Indian journal of veterinary science and animal husbandry - Volumes 15-17, 1948-1951
Year: 1948
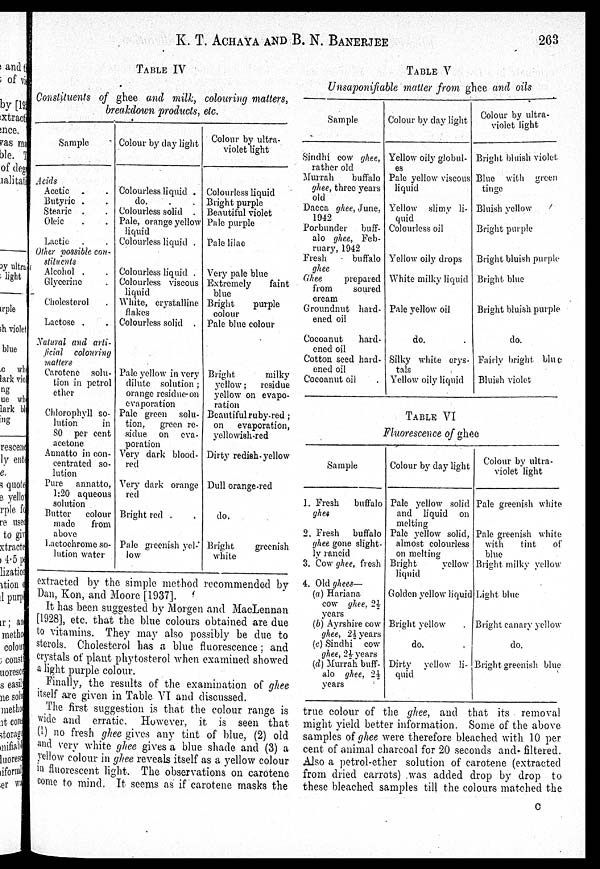
K. T. ACHAYA AND B. N. BANERJEE 263
TABLE IV
Constituents of ghee and milk, colouring matters,
breakdown products, etc.
Sample
Acids
Acetic . .
Butyric . .
Stearic . .
Oleic . .
Lactic . .
Other possible con-
stituents
Alcohol . .
Glycerine .
Cholesterol .
Lactose . .
Natural and arti-
ficial colouring
matters
Carotene solu-
tion in petrol
ether
Chlorophyll so-
lution
in
SO per cent
acetone
Annatto in con-
centrated so-
lution
Pure annatto,
1:20 aqueous
solution .
Butter colour
made
from
above
Lactochrome so-
lution water
Colour by day light
Colourless liquid .
do. . .
Colourless solid .
Pale, orange yellow
liquid
Colourless liquid .
Colourless liquid .
Colourless viscous
liquid
White, crystalline
flakes
Colourless solid .
Pale yellow in very
dilute solution;
orange residue-on
evaporation
Pale green solu-
tion, green re-
sidue on eva-
poration
Very dark blood-
red
Very dark orange
red
Bright red . .
Pale greenish yel-
low
Colour by ultra-
violet light
Colourless liquid
Bright purple
Beautiful violet
Pale purple
Pale lilac
Very pale blue
Extremely
faint
blue
Bright
purple
colour
Pale blue colour
Bright
milky
yellow ; residue
yellow on evapo-
ration
Beautiful ruby-red
on evaporation
yellowish-red
Dirty redish-yellow
Dull orange-red
do.
Bright
greenish
white
extracted by the simple method recommended by
Dan, Kon, and Moore [1937].
It has been suggested by Morgen and MacLennan
[1928], etc. that the blue colours obtained are due
to vitamins. They may also possibly be due to
sterols. Cholesterol has a blue fluorescence; and
crystals of plant phytosterol when examined showed
a light purple colour.
Finally, the results of the examination of ghee
itself are given in Table VI and discussed.
The first suggestion is that the colour range is
wide and erratic. However, it is seen that
(1) no fresh ghee gives any tint of blue, (2) old
and very white ghee gives a blue shade and (3) a
yellow colour in ghee reveals itself as a yellow colour
in fluorescent light. The observations on carotene
come to mind. It seems as if carotene masks the
true colour of the ghee, and that its removal
might yield better information. Some of the above
samples of ghee were therefore bleached with 10 per
cent of animal charcoal for 20 seconds and filtered.
Also a petrol-ether solution of carotene (extracted
from dried carrots) was added drop by drop to
these bleached samples till the colours matched the
C
TABLE V
Unsaponifiable matter from ghee and oils
Sample
Sindhi cow ghee,
rather old
Murrah
buffalo
ghee, three years
old
Dacca ghee, June,
1942
Porbunder buff-
alo ghee, Feb-
ruary, 1942
Fresh
buffalo
ghee
Ghee
prepared
from
soured
cream
Groundnut hard-
ened oil
Cocoanut
hard-
ened oil
Cotton seed hard-
ened oil
Cocoanut oil
Colour by day light
Yellow oily globul-
es
Pale yellow viscous
liquid
Yellow slimy li-
quid
Colourless oil
Yellow oily drops
White milky liquid
Pale yellow oil
do. .
Silky white crys-
tals
Yellow oily liquid
Colour by ultra-
violet light
Bright bluish violet
Blue with green
tinge
Bluish yellow
Bright purple
Bright bluish purple
Bright blue
Bright bluish purple
do.
Fairly bright blue
Bluish violet
TABLE VI
Fluorescence of ghee
Sample
1. Fresh
buffalo
ghee
2. Fresh buffalo
ghee gone slight-
ly rancid
3. Cow ghee, fresh
4. Old ghees—
(a) Hariana
cow ghee, 2½
years
(b) Ayrshire cow
ghee, 2½ years
(c) Sindhi cow
ghee, 2½ years
(d) Murrah buff-
alo ghee, 2½
years
Colour by day light
Pale yellow solid
and liquid on
melting
Pale yellow solid,
almost colourless
on melting
Bright
yellow
liquid
Golden yellow liquid
Bright yellow .
do. .
Dirty yellow li-
quid
Colour by ultra-
violet light
Pale greenish white
Pale greenish white
with
tint
of
blue
Bright milky yellow
Light blue
Bright canary yellow
do.
Bright greenish blue